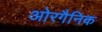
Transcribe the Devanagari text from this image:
ओरगैनिक